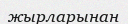
жырларынан